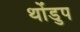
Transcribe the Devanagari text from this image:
थोंडुप